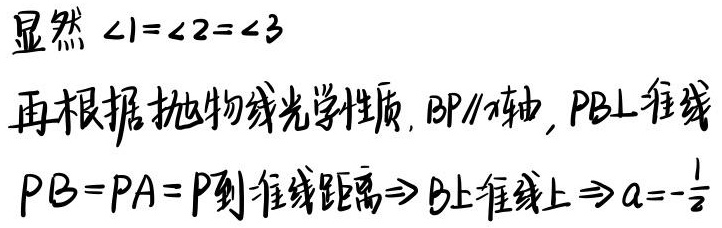
显然 $\angle 1=\angle 2=\angle 3$

再根据抛物线光学性质, $BP\parallel x$轴, $PB\perp$准线

$PB = PA = P到准线距离\Rightarrow B在准线上\Rightarrow a = -\frac{1}{2}$